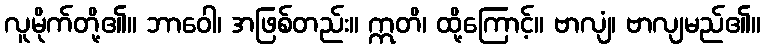
လူမိုက်တို့၏။ ဘာဝေါ၊ အဖြစ်တည်း။ ဣတိ၊ ထို့ကြောင့်။ ဗာလျံ၊ ဗာလျမည်၏။